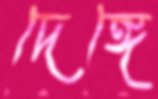
দেঙ্গে